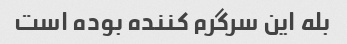
بله این سرگرم کننده بوده است